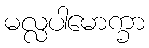
မလ္လပါမောက္ခာ